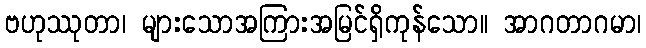
ဗဟုဿုတာ၊ များသောအကြားအမြင်ရှိကုန်သော။ အာဂတာဂမာ၊